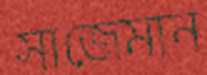
সাজেমান